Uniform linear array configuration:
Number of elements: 8
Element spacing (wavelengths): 0.5
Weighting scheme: hann
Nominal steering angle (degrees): -30
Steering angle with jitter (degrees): -31.437
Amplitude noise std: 0.05
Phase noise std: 0.05

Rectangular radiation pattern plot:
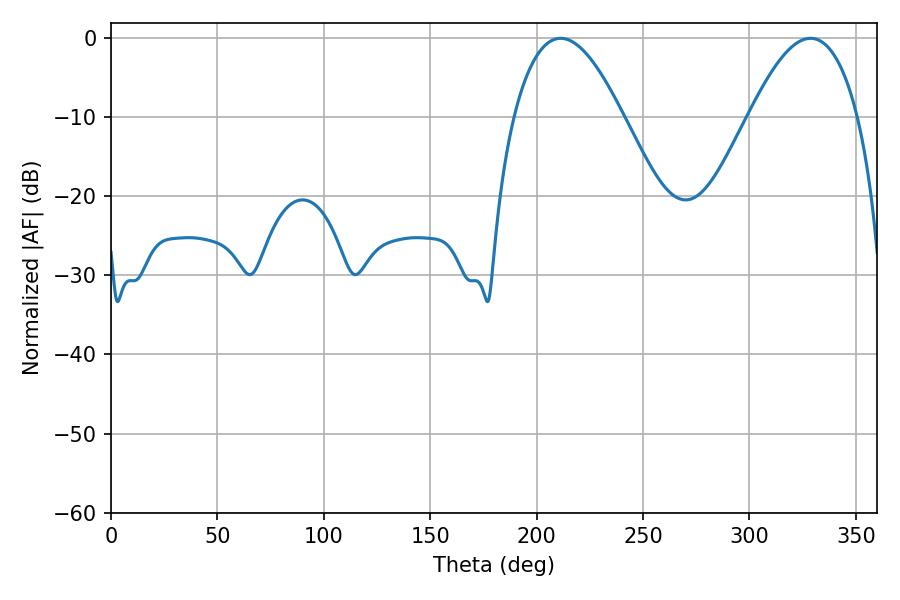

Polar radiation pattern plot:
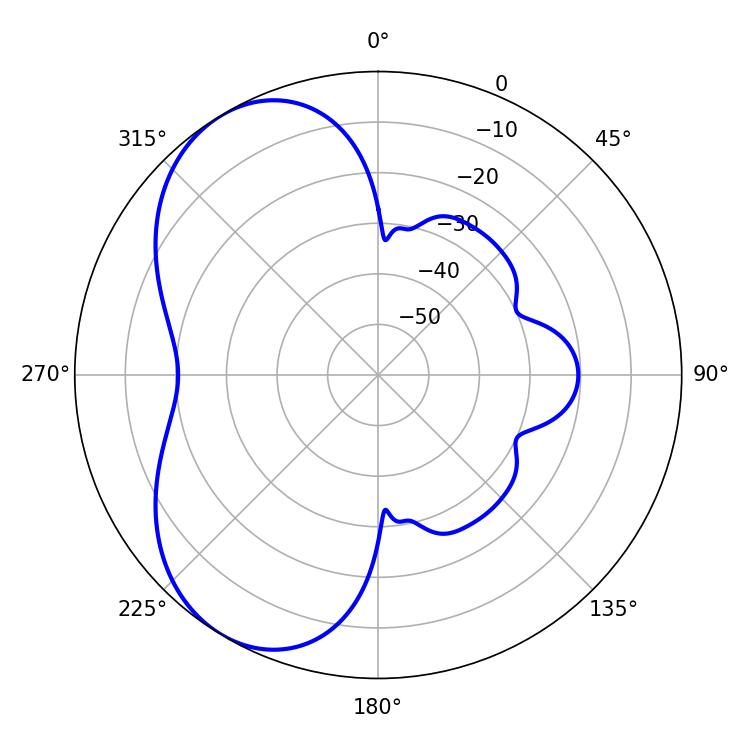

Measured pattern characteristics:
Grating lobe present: FALSE
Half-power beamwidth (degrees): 28.08
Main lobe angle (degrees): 211.32